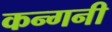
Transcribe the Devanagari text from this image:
कन्गनी